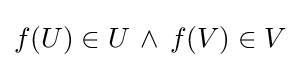
f(U)\in U\,\land \,f(V)\in V